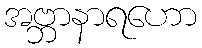
အဗ္ဘာနာရဟော